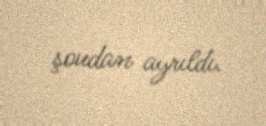
şoudan ayrıldı.